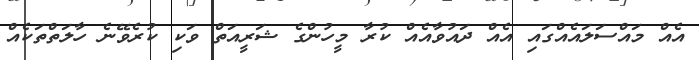
އެއް މައްސަލައެއްގައި އެއް ދައުވާއެއް ކުރާ މީހުންގެ ޝަރީއަތް ވަކި ކުރެވޭނެ ހާލަތްތަކެއް